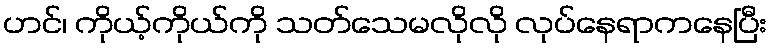
ဟင်၊ ကိုယ့်ကိုယ်ကို သတ်သေမလိုလို လုပ်နေရာကနေပြီး